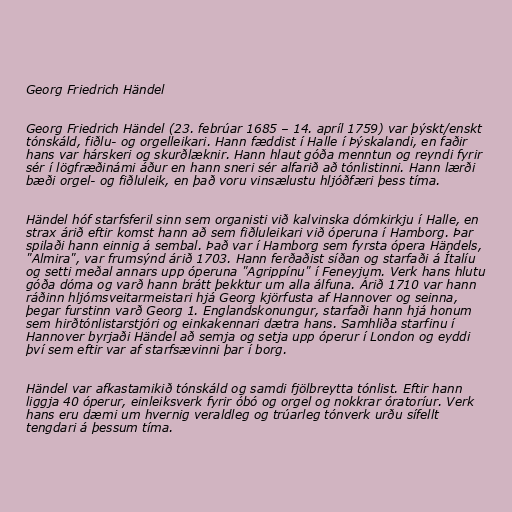
Georg Friedrich Händel

Georg Friedrich Händel (23. febrúar 1685 – 14. apríl 1759) var þýskt/enskt
tónskáld, fiðlu- og orgelleikari. Hann fæddist í Halle í Þýskalandi, en faðir
hans var hárskeri og skurðlæknir. Hann hlaut góða menntun og reyndi fyrir
sér í lögfræðinámi áður en hann sneri sér alfarið að tónlistinni. Hann lærði
bæði orgel- og fiðluleik, en það voru vinsælustu hljóðfæri þess tíma.

Händel hóf starfsferil sinn sem organisti við kalvinska dómkirkju í Halle, en
strax árið eftir komst hann að sem fiðluleikari við óperuna í Hamborg. Þar
spilaði hann einnig á sembal. Það var í Hamborg sem fyrsta ópera Händels,
"Almira", var frumsýnd árið 1703. Hann ferðaðist síðan og starfaði á Ítalíu
og setti meðal annars upp óperuna "Agrippínu" í Feneyjum. Verk hans hlutu
góða dóma og varð hann brátt þekktur um alla álfuna. Árið 1710 var hann
ráðinn hljómsveitarmeistari hjá Georg kjörfusta af Hannover og seinna,
þegar furstinn varð Georg 1. Englandskonungur, starfaði hann hjá honum
sem hirðtónlistarstjóri og einkakennari dætra hans. Samhliða starfinu í
Hannover byrjaði Händel að semja og setja upp óperur í London og eyddi
því sem eftir var af starfsævinni þar í borg.

Händel var afkastamikið tónskáld og samdi fjölbreytta tónlist. Eftir hann
liggja 40 óperur, einleiksverk fyrir óbó og orgel og nokkrar óratoríur. Verk
hans eru dæmi um hvernig veraldleg og trúarleg tónverk urðu sífellt
tengdari á þessum tíma.